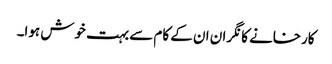
کارخانے کا نگران ان کے کام سے بہت خوش ہوا۔